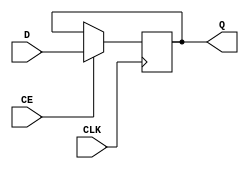
`timescale 1ns / 1ps
//////////////////////////////////////////////////////////////////////////////////
// Company: 
// Engineer: 
// 
// Design Name: 
// Module Name: D_FF
// Project Name: 
// Target Devices: 
// Tool Versions: 
// Description: 
// 
// Dependencies: 
// 
// Revision:
// Revision 0.01 - File Created
// Additional Comments:
// 
//////////////////////////////////////////////////////////////////////////////////

module D_FF(CLK,CE,D,Q);
    input CLK;
    input CE;
    input D;
    output reg Q = 0;
    always @(posedge CLK)
    if (CE) Q <= D;
endmodule